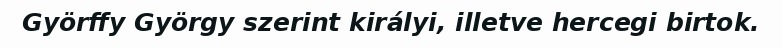
Györffy György szerint királyi, illetve hercegi birtok.